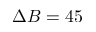
\Delta B = 4 5